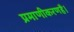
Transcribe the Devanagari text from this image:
प्रमाणीकरणहै।